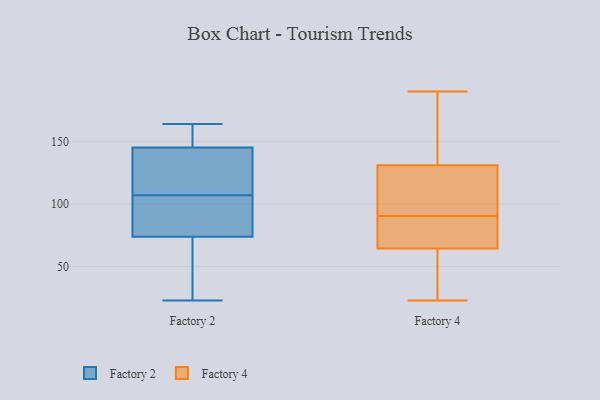
{"axis": {"x": "Market Share (%)", "y": "Value"}, "legend": ["Factory 2", "Factory 4"], "data": [{"x": "", "y": 92, "type": "Factory 2"}, {"x": "", "y": 62, "type": "Factory 2"}, {"x": "", "y": 58, "type": "Factory 2"}, {"x": "", "y": 164, "type": "Factory 2"}, {"x": "", "y": 142, "type": "Factory 2"}, {"x": "", "y": 23, "type": "Factory 2"}, {"x": "", "y": 155, "type": "Factory 2"}, {"x": "", "y": 158, "type": "Factory 2"}, {"x": "", "y": 136, "type": "Factory 2"}, {"x": "", "y": 120, "type": "Factory 2"}, {"x": "", "y": 78, "type": "Factory 2"}, {"x": "", "y": 94, "type": "Factory 2"}, {"x": "", "y": 107, "type": "Factory 2"}, {"x": "", "y": 64, "type": "Factory 4"}, {"x": "", "y": 38, "type": "Factory 4"}, {"x": "", "y": 142, "type": "Factory 4"}, {"x": "", "y": 190, "type": "Factory 4"}, {"x": "", "y": 120, "type": "Factory 4"}, {"x": "", "y": 93, "type": "Factory 4"}, {"x": "", "y": 88, "type": "Factory 4"}, {"x": "", "y": 78, "type": "Factory 4"}, {"x": "", "y": 189, "type": "Factory 4"}, {"x": "", "y": 96, "type": "Factory 4"}, {"x": "", "y": 65, "type": "Factory 4"}, {"x": "", "y": 23, "type": "Factory 4"}]}